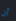
أن